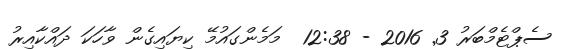
ސެޕްޓެމްބަރު 3